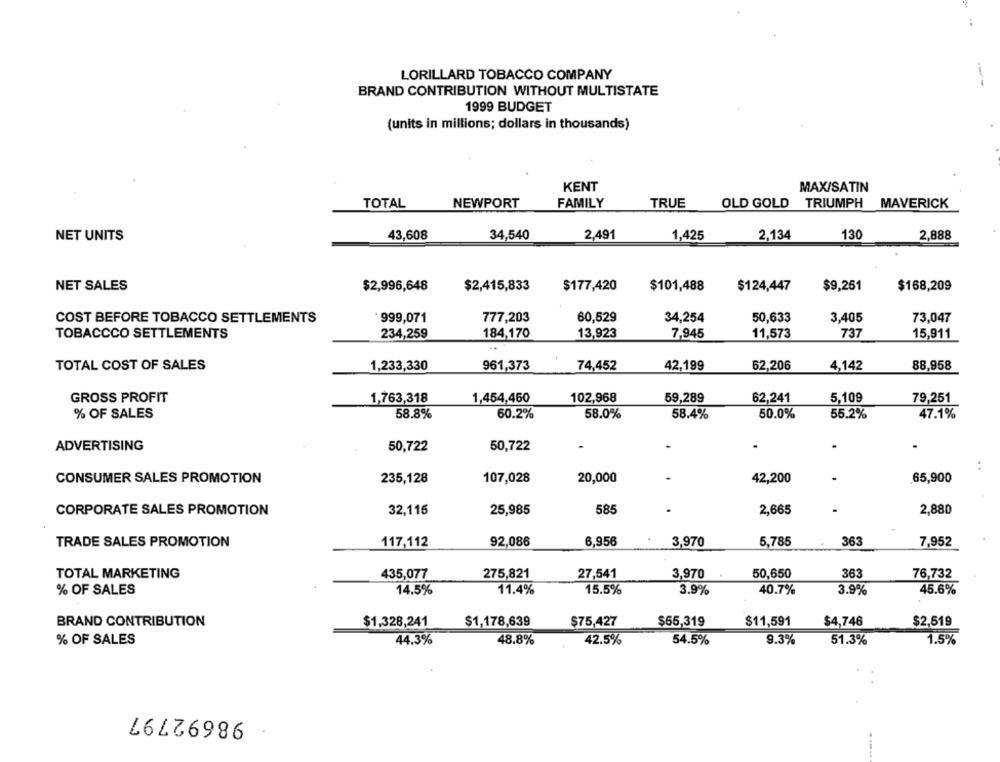
LORILLARD TOBACCO COMPANY
---
BRAND CONTRIBUTION WITHOUT MULTISTATE
1999 BUDGET
(units in millions; dollars in thousands)
KENT
MAX/SATIN
TOTAL
NEWPORT
FAMILY
TRUE
OLD GOLD TRIUMPH
TRIUMPH
MAVERICK
NET UNITS
43,608
34,540
2,491
1,425
2,134
130
2,888
NET SALES
$2,996,648
$2,415,833
$177,420
$101,488
$124,447
$9,251
$168,209
COST BEFORE TOBACCO SETTLEMENTS
* 999,071
777,203
60,529
34,254
50,633
3,405
73,047
TOBACCCO SETTLEMENTS
234,259
184,170
13,923
7,945
11,573
737
15,911
TOTAL COST OF SALES
1,233,330
961,373
74,452
42,199
62,206
88,958
4,142
59,289
GROSS PROFIT
1,763,318
1,454,460
102,968
62,241
5,109
79,251
% OF SALES
58.8%
60.2%
58.0%
58.4%
50.0%
55.2%
47.1%
ADVERTISING
50,722
50,722
.
:
CONSUMER SALES PROMOTION
235,128
107,028
20,000
-
42,200
65,900
32,115
25,985
585
2,665
2,880
CORPORATE SALES PROMOTION
92,086
3,970
5,785
363
TRADE SALES PROMOTION
117,112
6,956
7,952
TOTAL MARKETING
435,077
275,821
27,541
3,970
50,650
363
76,732
% OF SALES
14.5%
11.4%
15.5%
3.9%
40.7%
3.9%
45.6%
BRAND CONTRIBUTION
$1,328,241
$1,178,639
$75,427
$55,319
$11,591
$4,746
$2,519
% OF SALES
44.3%
48.8%
42.5%
54.5%
9.3%
51.3%
1.5%
98692797
---